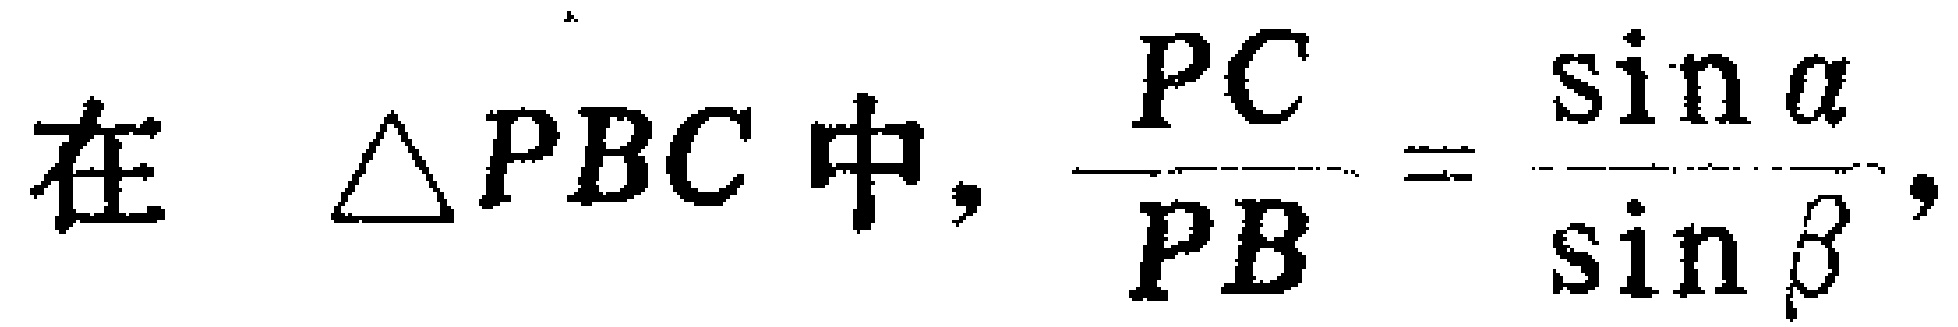
在 $\triangle PBC$ 中, $\frac{PC}{PB}=\frac{\sin\alpha}{\sin\beta}$,